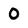
Character: 0